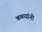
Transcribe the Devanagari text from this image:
कळ्यांनी